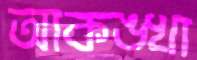
আকঙ্খা